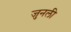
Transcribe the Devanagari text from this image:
जुनली